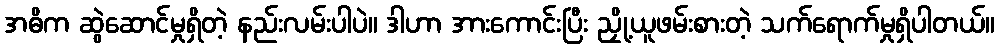
အဓိက ဆွဲဆောင်မှုရှိတဲ့ နည်းလမ်းပါပဲ။ ဒါဟာ အားကောင်းပြီး ညှို့ယူဖမ်းစားတဲ့ သက်ရောက်မှုရှိပါတယ်။